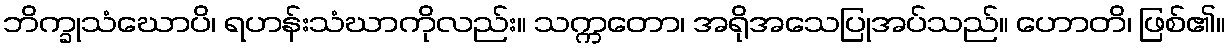
ဘိက္ခုသံဃောပိ၊ ရဟန်းသံဃာကိုလည်း။ သက္ကတော၊ အရိုအသေပြုအပ်သည်။ ဟောတိ၊ ဖြစ်၏။